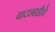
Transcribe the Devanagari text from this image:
बादशाहीचे